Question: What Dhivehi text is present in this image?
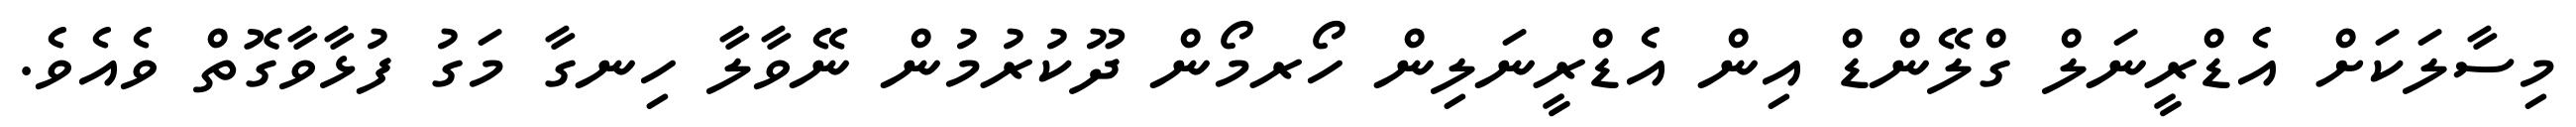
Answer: މިސާލަކަށް އެޑްރީނަލް ގްލޭންޑް އިން އެޑްރީނަލިން ހޯރމޯން ދޫކުރުމުން ނޭވާލާ ހިނގާ މަގު ފުޅާވާގޮތް ވެއެވެ.